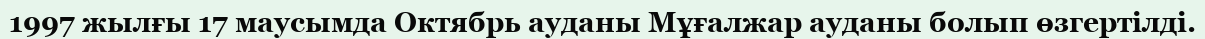
1997 жылғы 17 маусымда Октябрь ауданы Мұғалжар ауданы болып өзгертілді.